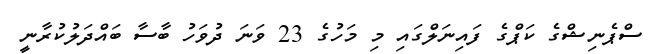
ސްޕެނިޝްގެ ކަޕްގެ ފައިނަލްގައި މި މަހުގެ 23 ވަނަ ދުވަހު ބާސާ ބައްދަލުކުރާނީ